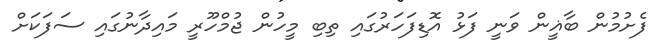
ފެށުމުން ބާޣީން ވަނީ ފަޅު އޮޑިފަހަރުގައި ތިބި މީހުން ޖުމްހޫރީ މައިދާނުގައި ސަފަކަށް